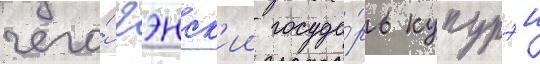
чего́ гэнск'ии госуда́рь купурэи